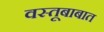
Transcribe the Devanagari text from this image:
वस्तूबाबात